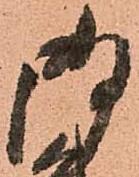
御